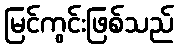
မြင်ကွင်းဖြစ်သည်